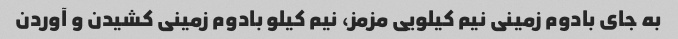
به جای بادوم زمینی نیم کیلویی مزمز، نیم کیلو بادوم زمینی کشیدن و آوردن